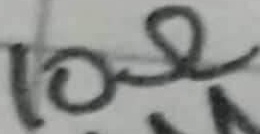
Text: 10Ω